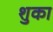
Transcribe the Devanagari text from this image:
शुका